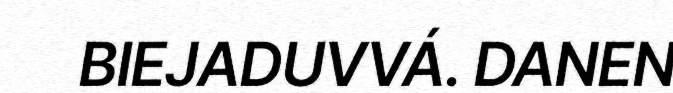
BIEJADUVVÁ. DANEN